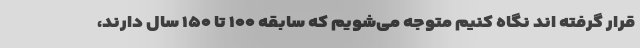
قرار گرفته اند نگاه کنیم متوجه می‌شویم که سابقه ۱۰۰ تا ۱۵۰ سال دارند،